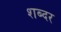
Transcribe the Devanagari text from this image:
शब्दर